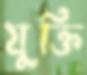
যুক্তি